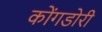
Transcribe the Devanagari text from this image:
कोंगडोरी